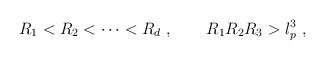
LaTeX: \begin{align*}R_1<R_2<\dots <R_d\ ,\qquad R_1 R_2 R_3>l_p^3\ ,\end{align*}